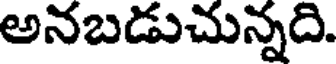
అనబడుచున్నది.